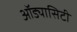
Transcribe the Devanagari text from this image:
ऑड्यासिटी